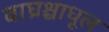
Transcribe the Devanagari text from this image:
बाघ्रश्चाधूल